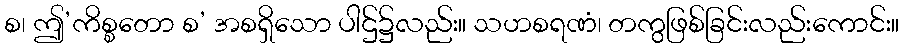
စ၊ ဤ’ကိစ္စတော စ’ အစရှိသော ပါဌ်၌လည်း။ သဟစရဏံ၊ တကွဖြစ်ခြင်းလည်းကောင်း။